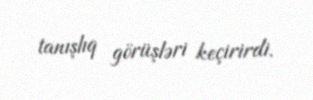
tanışlıq görüşləri keçirirdi.